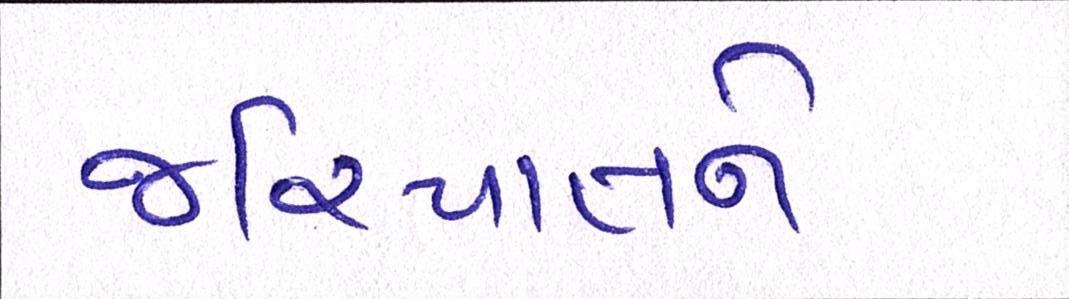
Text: જરિયાતને